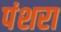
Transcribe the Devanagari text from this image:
पंशरा